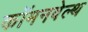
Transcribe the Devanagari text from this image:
कॉमनवेल्‍थ